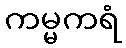
ကမ္မကရံ